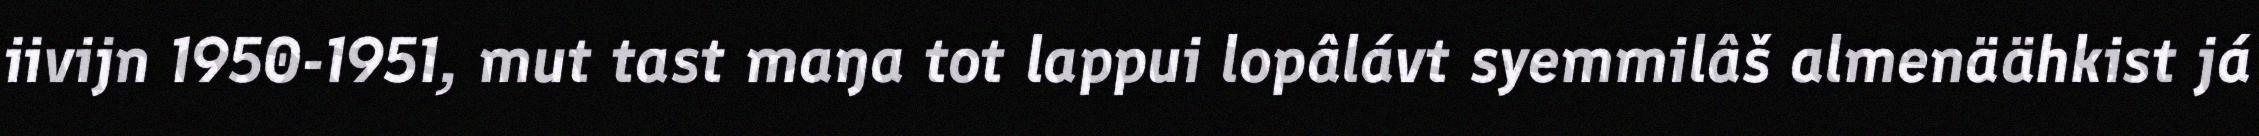
iivijn 1950-1951, mut tast maŋa tot lappui lopâlávt syemmilâš almenäähkist já